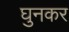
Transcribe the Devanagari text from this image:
घुनकर